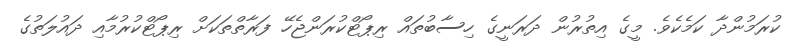
ކުރަމުންދާ ކަމެކެވެ. މީގެ އިތުރުން ދަރަނީގެ ހިސާބުތައް ރިޕޯޓްކުރަންޖެހޭ ފަރާތްތަކަށް ރިޕޯޓްކުރުމާއި ދައުލަތުގެ